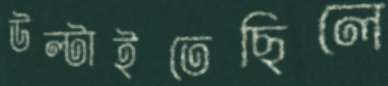
উল্‌টাইতেছিলে